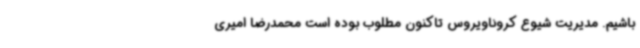
باشیم. مدیریت شیوع کروناویروس تاکنون مطلوب بوده است محمدرضا امیری